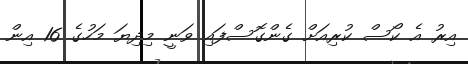
އިރު އެ ކޯސް ކުރިއަށް ގެންގޮސްފައި ވަނީ މިދިޔަ މަހުގެ 16 އިން